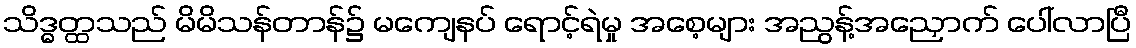
သိဒ္ဓတ္ထသည် မိမိသန်တာန်၌ မကျေနပ် ရောင့်ရဲမှု အစေ့များ အညွန့်အညှောက် ပေါ်လာပြီ